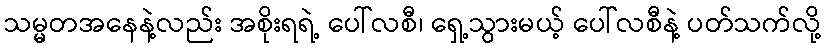
သမ္မတအနေနဲ့လည်း အစိုးရရဲ့ ပေါ်လစီ၊ ရှေ့သွားမယ့် ပေါ်လစီနဲ့ ပတ်သက်လို့